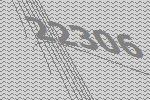
22306